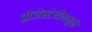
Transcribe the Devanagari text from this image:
प्रोजेस्टेरोनमुळे